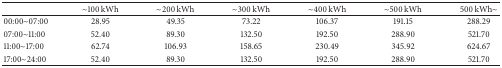
<table><thead><tr><td>[EMPTY_CELL]</td><td><b>~100 kWh</b></td><td><b>~200 kWh</b></td><td><b>~300 kWh</b></td><td><b>~400 kWh</b></td><td><b>~500 kWh</b></td><td><b>500 kWh~</b></td></tr></thead><tbody><tr><td>00:00~07:00</td><td>28.95</td><td>49.35</td><td>73.22</td><td>106.37</td><td>191.15</td><td>288.29</td></tr><tr><td>07:00~11:00</td><td>52.40</td><td>89.30</td><td>132.50</td><td>192.50</td><td>288.90</td><td>521.70</td></tr><tr><td>11:00~17:00</td><td>62.74</td><td>106.93</td><td>158.65</td><td>230.49</td><td>345.92</td><td>624.67</td></tr><tr><td>17:00~24:00</td><td>52.40</td><td>89.30</td><td>132.50</td><td>192.50</td><td>288.90</td><td>521.70</td></tr></tbody></table>